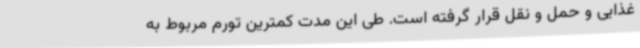
غذایی و حمل و نقل قرار گرفته است. طی این مدت کمترین تورم مربوط به